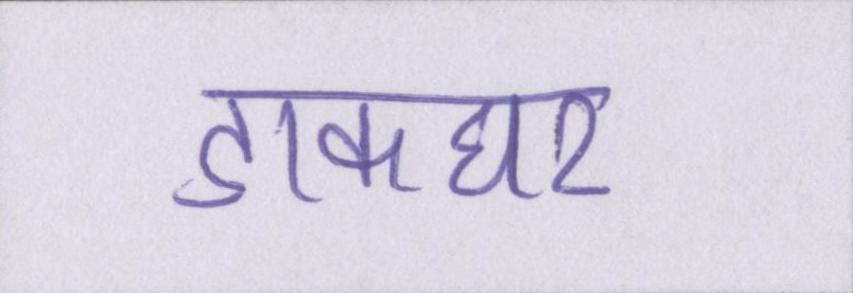
डाकघर